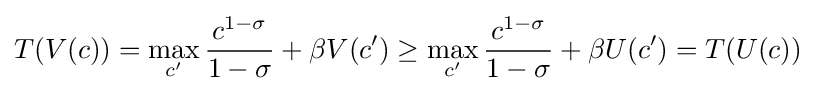
T(V(c))=\max _{c'}{\frac {c^{1-\sigma }}{1-\sigma }}+\beta V(c')\geq \max _{c'}{\frac {c^{1-\sigma }}{1-\sigma }}+\beta U(c')=T(U(c))